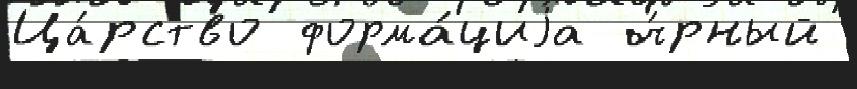
Ца́рство форма́циjа ч́рный